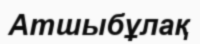
Атшыбұлақ